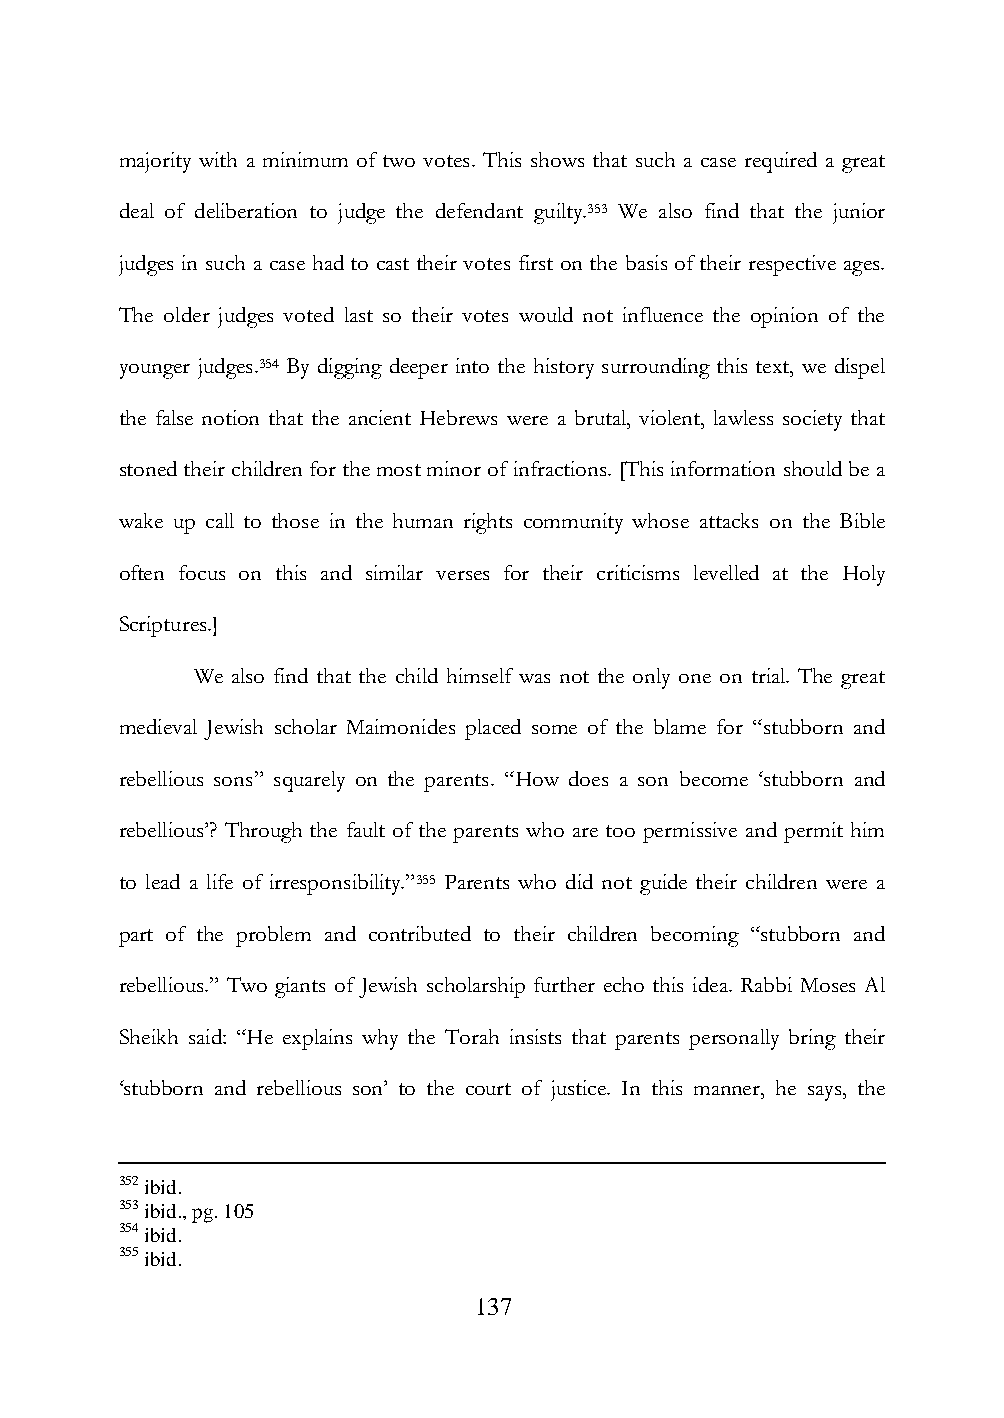
majority with a minimum of two votes. This shows that such a case required a great
 deal of deliberation to judge the defendant guilty.353 We also find that the junior
 judges in such a case had to cast their votes first on the basis of their respective ages.
 The older judges voted last so their votes would not influence the opinion of the
 younger judges.354 By digging deeper into the history surrounding this text, we dispel
 the false notion that the ancient Hebrews were a brutal, violent, lawless society that
 stoned their children for the most minor of infractions. [This information should be a
 wake up call to those in the human rights community whose attacks on the Bible
 often focus on this and similar verses for their criticisms levelled at the Holy
 Scriptures.]
 We also find that the child himself was not the only one on trial. The great
 medieval Jewish scholar Maimonides placed some of the blame for “stubborn and
 rebellious sons” squarely on the parents. “How does a son become „stubborn and
 rebellious‟? Through the fault of the parents who are too permissive and permit him
 to lead a life of irresponsibility.”355 Parents who did not guide their children were a
 part of the problem and contributed to their children becoming “stubborn and
 rebellious.” Two giants of Jewish scholarship further echo this idea. Rabbi Moses Al
 Sheikh said: “He explains why the Torah insists that parents personally bring their
 „stubborn and rebellious son‟ to the court of justice. In this manner, he says, the
 352 ibid.
 353 ibid., pg. 105
 354 ibid.
 355 ibid.
 137